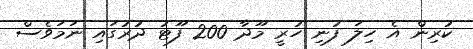
ކުރިން އެ ހިލަ ފުނި ހުރީ މޫދާ 200 ފޫޓު ދުރުގައި ނަމަވެސް